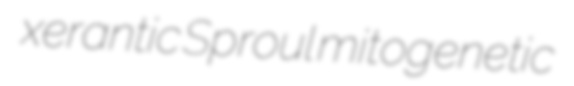
xerantic Sproul mitogenetic